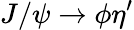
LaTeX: J/\psi\rightarrow\phi\eta^{\prime}